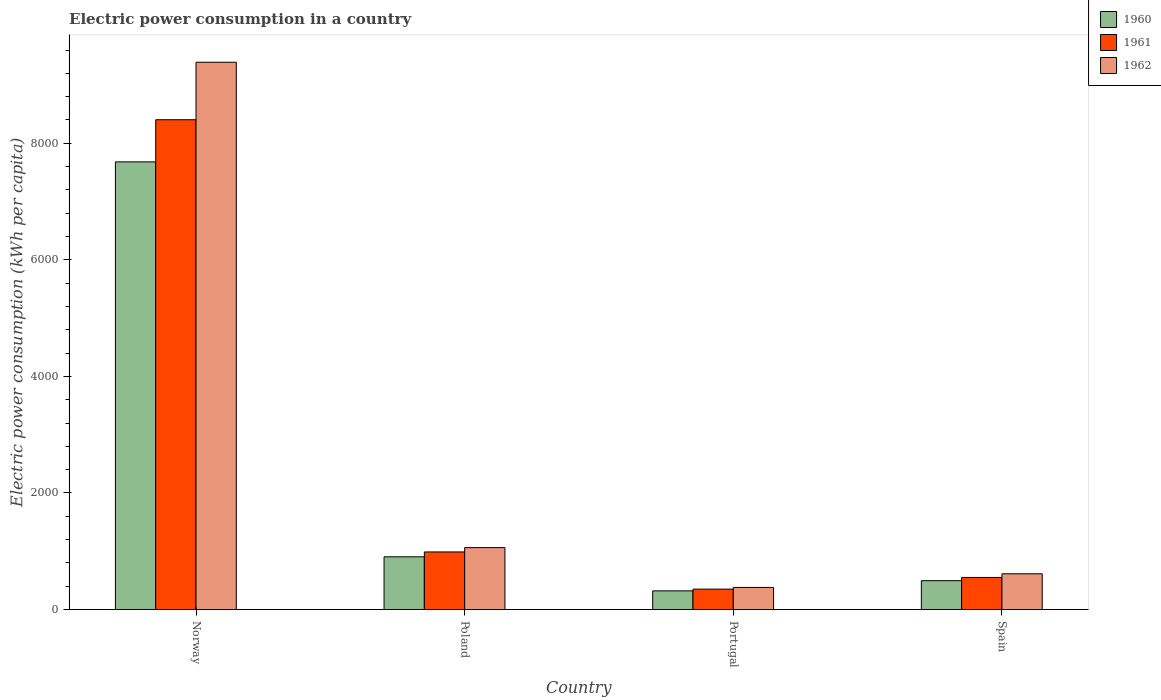
| Country | 1960 | 1961 | 1962 |
 | --- | --- | --- | --- |
 | Norway | 7.68e+03 | 8.4e+03 | 9.39e+03 |
 | Poland | 905 | 988 | 1.06e+03 |
 | Portugal | 320 | 350 | 379 |
 | Spain | 495 | 550 | 613 |